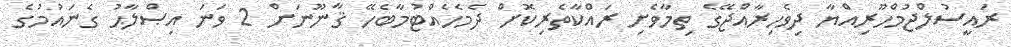
ރައީސުލްޖުމްހޫރިއްޔާ ދިވެހިރާއްޖޭގެ ތިމާވެށި ރައްކާތެރިކޮށް ދެމެހެއްޓުމާބެހޭ ޤާނޫނަށް 2 ވަނަ އިޞްލާޙު ގެނައުމުގެ